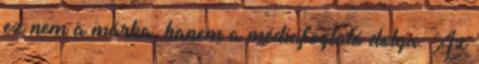
ez nem a márka, hanem a médiafoglaló dolga. Az